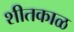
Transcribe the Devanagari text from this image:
शीतकाळ